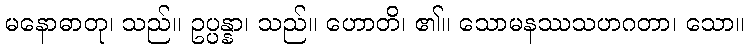
မနောဓာတု၊ သည်။ ဥပ္ပန္နာ၊ သည်။ ဟောတိ၊ ၏။ သောမနဿသဟဂတာ၊ သော။